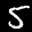
Label: 5